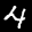
Label: 4